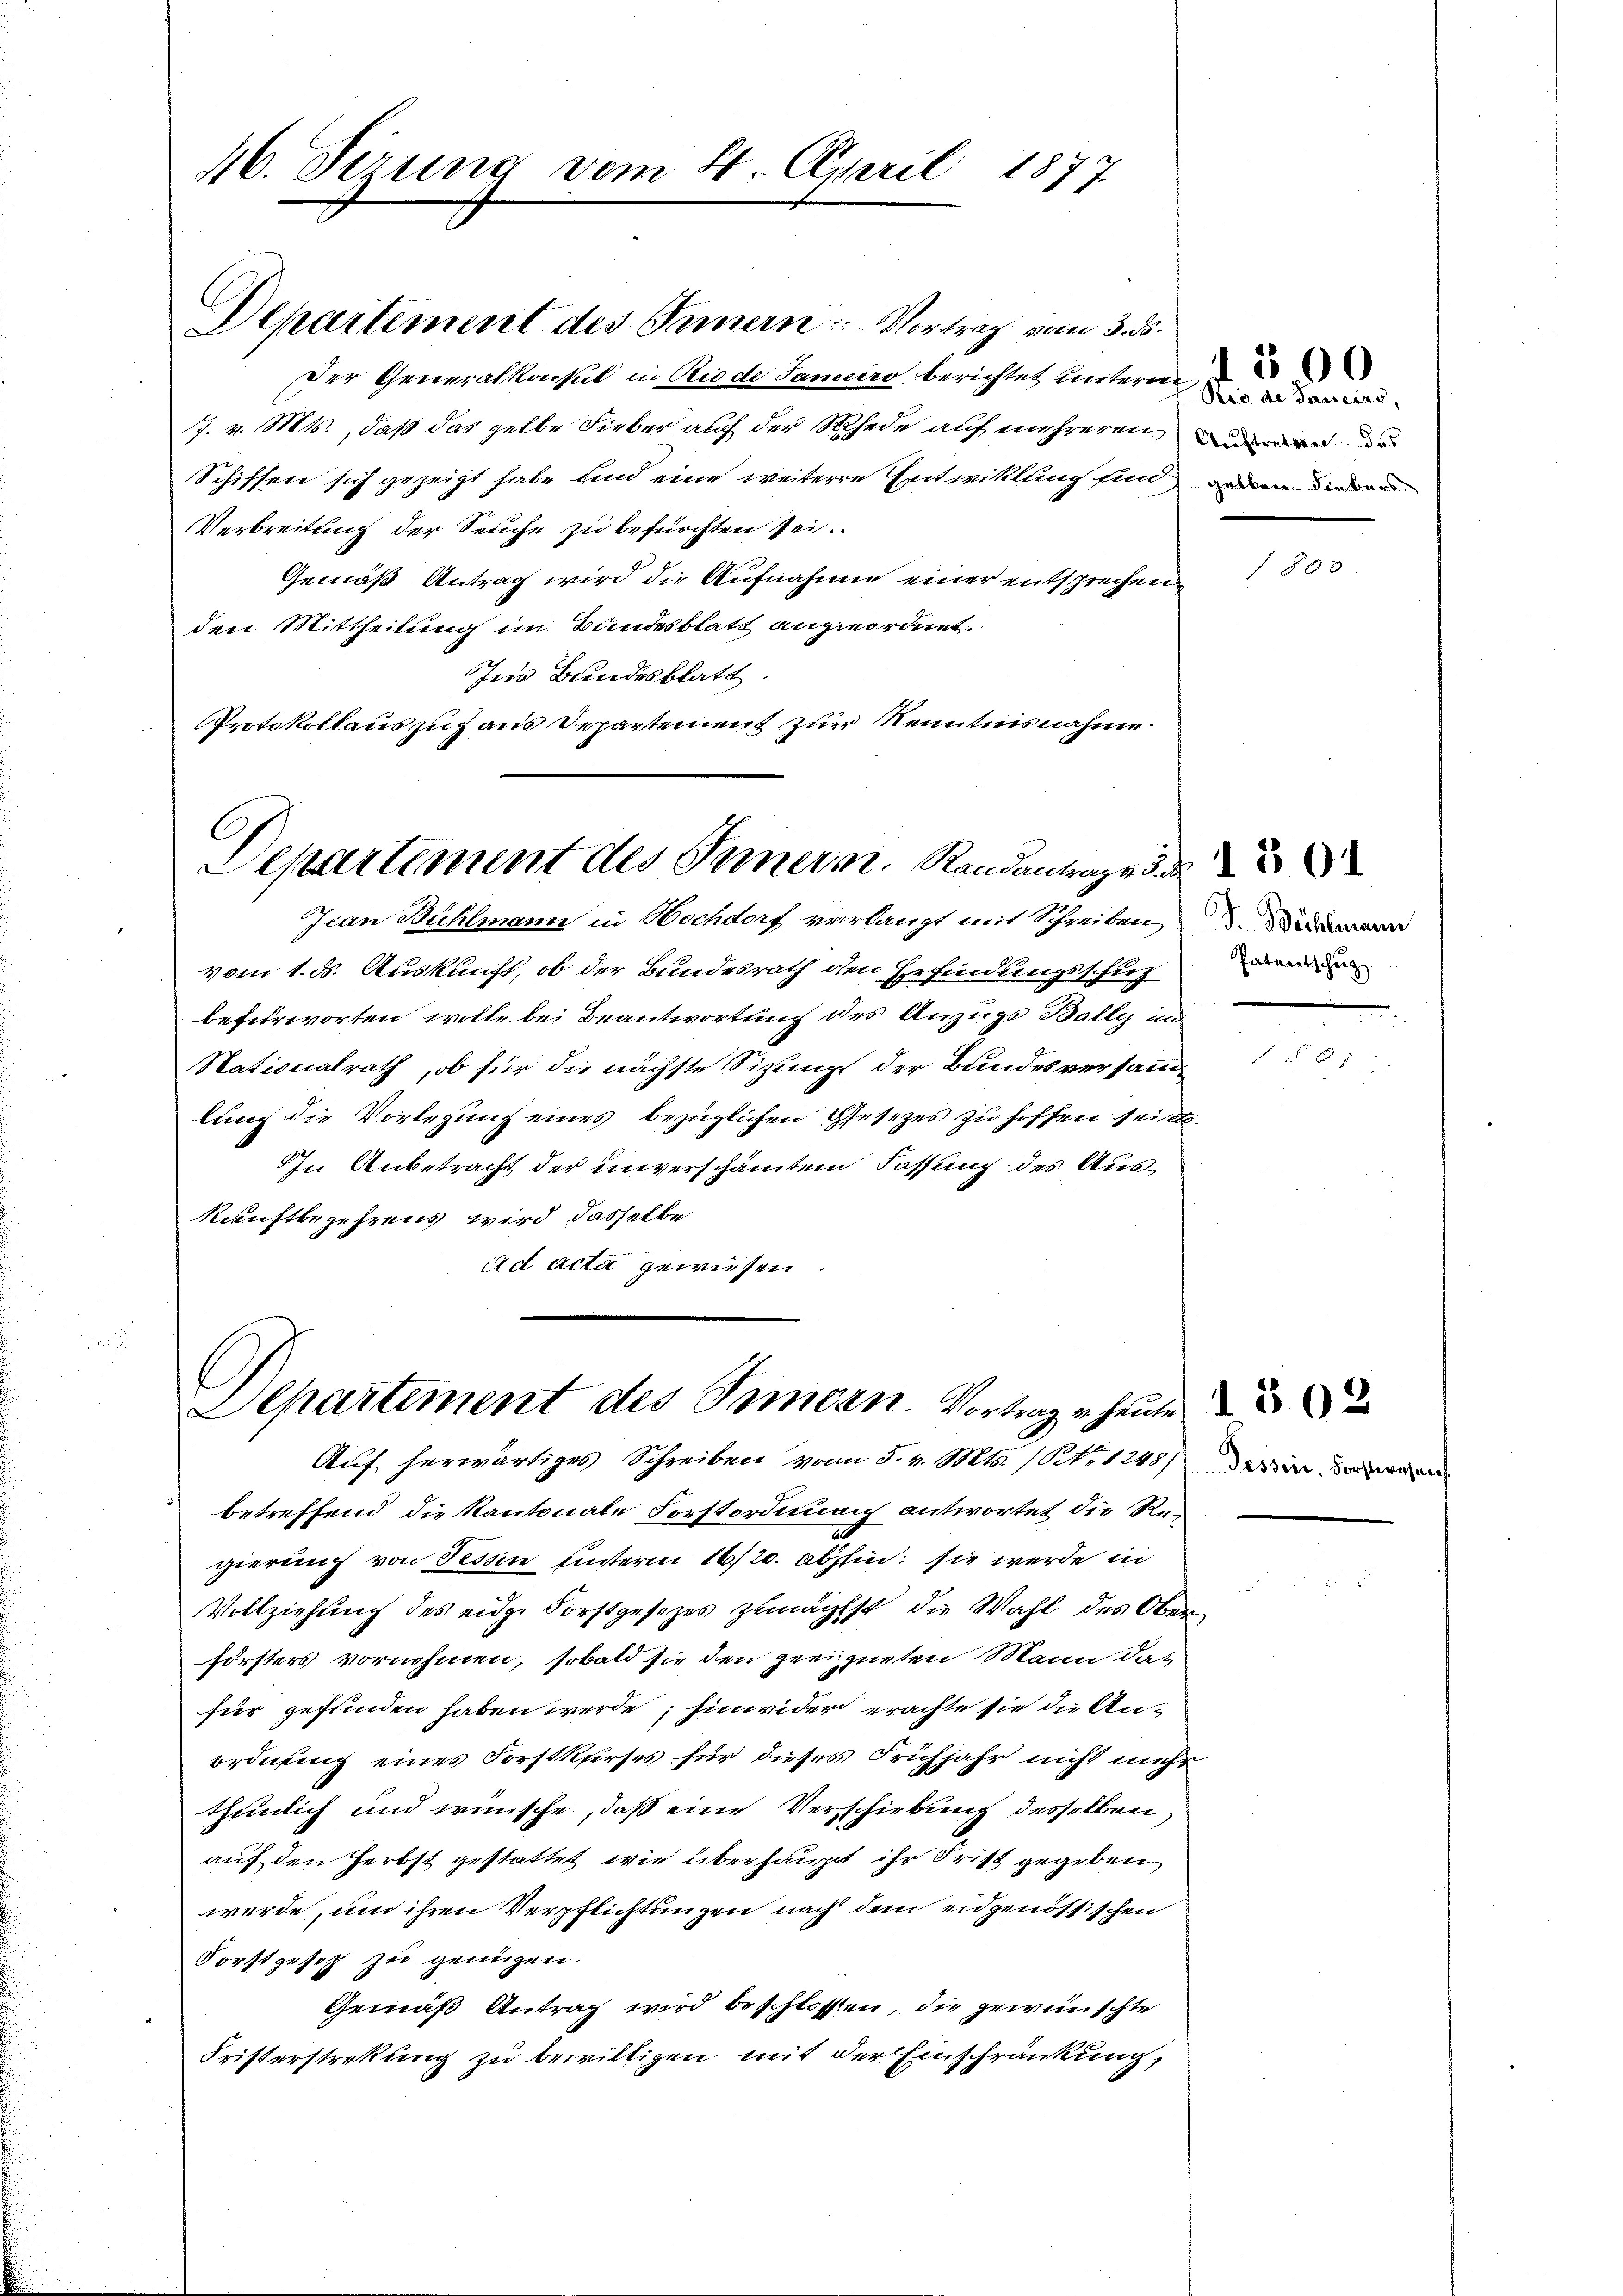
46. Ferung vom 24. April 1877

Departement des Tannern Vortrag vom 3. ds.
Der Generalkonsul in Rio de Janeiro berichtet unteren
7. v. Mts., daß das gelbe Fieber auch der Rede auf mehreren, in
Schiffen sich gezeigt habe und eine weitere Entwicklung sind anden diesen
Verbreitung der Seuche zu befürchten sei
Gemäß Antrag wird die Aufnahmen einer entsprechen
den Mittheilung im Bundesblatt angeordnet.
Ins Bundesblatt.
Protokollauszuzaus Departement zur Kenntnisnahme

Departement des Innern. Randantrage de

Separtement des Pameen. Vortrage heute

Iian Bühlmann in Hochdorf verlangt mit Schreiben
vom 1. ds. Auskunft, ob der Bundesrath den Erfindungsschut
befürworten wolle bei Beantwortung des Anzugs Bally un
Stationalrath, ob für die nächste Sizung der Bundesversammlung die Vorlegung eines bezüglichen Gesetzes zu hoffen sei.
In Anbetracht der unverschämtem Fassung des Auskunftbegehrens wird dasselbe
Ad acta gewiesen.

Rio de Sancire,

Auf herwärtiges Schreiben vom 5. v. Mts. (Nr. 1248) in we
betreffend die Kantonale Forstordnung antwortet die Regierung von Fessen unterm 16/20. abstin; sie werde in
Vollziehung des eidge Forstgesetzes zunächst die Wahl des Ober-
Försters vornehmen, sobald sie den geeigneten Mann das
für gefunden haben werde; hinwider erachte sie die Anordnung eines Forstkurses für dieses Frühjahr nicht mehr
theilich und wünsche, daß eine Verschiebung desselben
auf den Herbst gestattet, wie überhaupt ihr Frist gegeben
werde, um ihren Verpflichtungen nach dem eidgenössischen
Forstgesetz zu genügen.
Gemäß Antrag wird beschlossen, die gewünschte
Fristerstrekung zu bewilligen mit der Einschränkung,

300

J. Bächlemann
Patentschuz